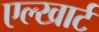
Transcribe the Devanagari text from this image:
एल्खार्ट